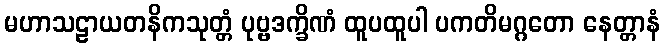
မဟာသဠာယတနိကသုတ္တံ ပုဗ္ဗဒက္ခိဏံ ထူပထူပါ ပကတိမဂ္ဂတော နေတ္တာနံ